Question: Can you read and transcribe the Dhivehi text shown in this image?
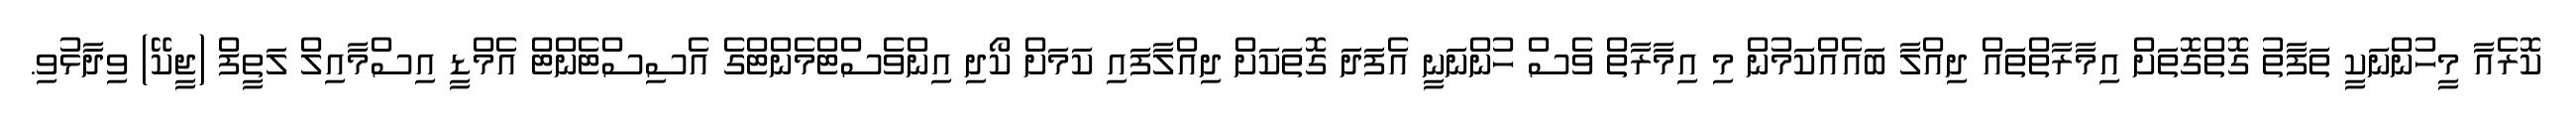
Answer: ކޮރެއާ މީހުންނަކީ ތަފާތު ގޮތްގޮތަށް އިމާރާތްތައް ދިއްލާ ބައެއްކަމުން މި އިމާރާތް ވެސް ހުންނަނީ އެފަދަ ގޮތަކަށް ދިއްލާފައި ކަމަށް ކޯދި އިންވެސްޓްމެންޓްގެ އެސިސްޓެންޓް އެމްޑީ އިސްމާއިލް ލަތީފް (ޖީކޭ) ވިދާޅުވި.